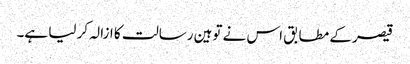
قیصر کے مطابق اس نے توہین رسالت کا ازالہ کر لیا ہے۔